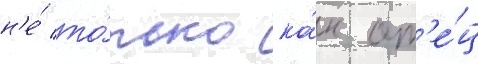
н'е́ то́лько ка́к от'е́ц